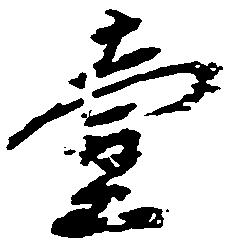
壱